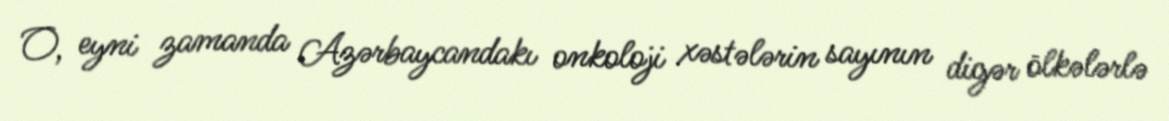
O, eyni zamanda Azərbaycandakı onkoloji xəstələrin sayının digər ölkələrlə